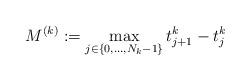
LaTeX: \begin{align*}M^{(k)}:= \max_{j\in\{0,\ldots,N_k-1\}}t^k_{j+1}-t^k_j \end{align*}